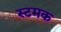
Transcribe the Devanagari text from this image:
स्टमक